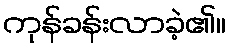
ကုန်ခန်းလာခဲ့၏။